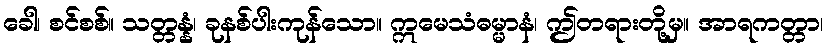
ခေါ၊ စင်စစ်။ သတ္တန္နံ၊ ခုနစ်ပါးကုန်သော။ ဣမေသံဓမ္မာနံ၊ ဤတရားတို့မှ။ အာရကတ္တာ၊